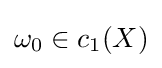
\omega _{0}\in c_{1}(X)